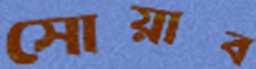
সোয়াব